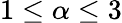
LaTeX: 1\leq\alpha\leq 3